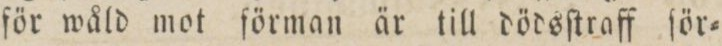
för wåld mot förman är till dödsſtraff för=